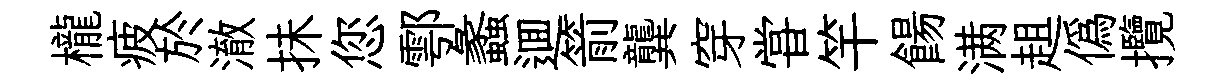
櫳疲於澈抺您鄠蠡逥箭龔穿甞竿餳满趄偽攬